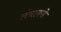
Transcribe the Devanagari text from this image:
तंत्राकडे